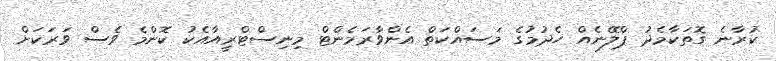
ކުރާނެ ގޮތަކާމެދު ޕްލޭނެއް ހެދުމުގެ މަސައްކަތް އެންވާރަމެންޓް މިނިސްޓްރީއާއެކު ކޮންމެ ވެސް ވަރަކަށް